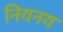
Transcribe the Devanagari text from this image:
नियनय